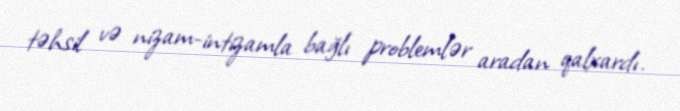
təhsil və nizam-intizamla bağlı problemlər aradan qalxardı.